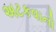
અટકવાનો